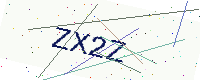
Text: ZX2Z